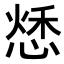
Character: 𢝲